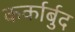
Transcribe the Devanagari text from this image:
कर्कार्बुद